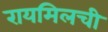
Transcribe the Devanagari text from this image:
रायमिलची